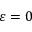
\varepsilon = 0